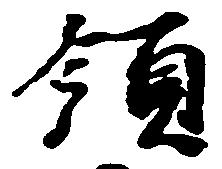
領